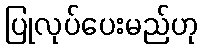
ပြုလုပ်ပေးမည်ဟု